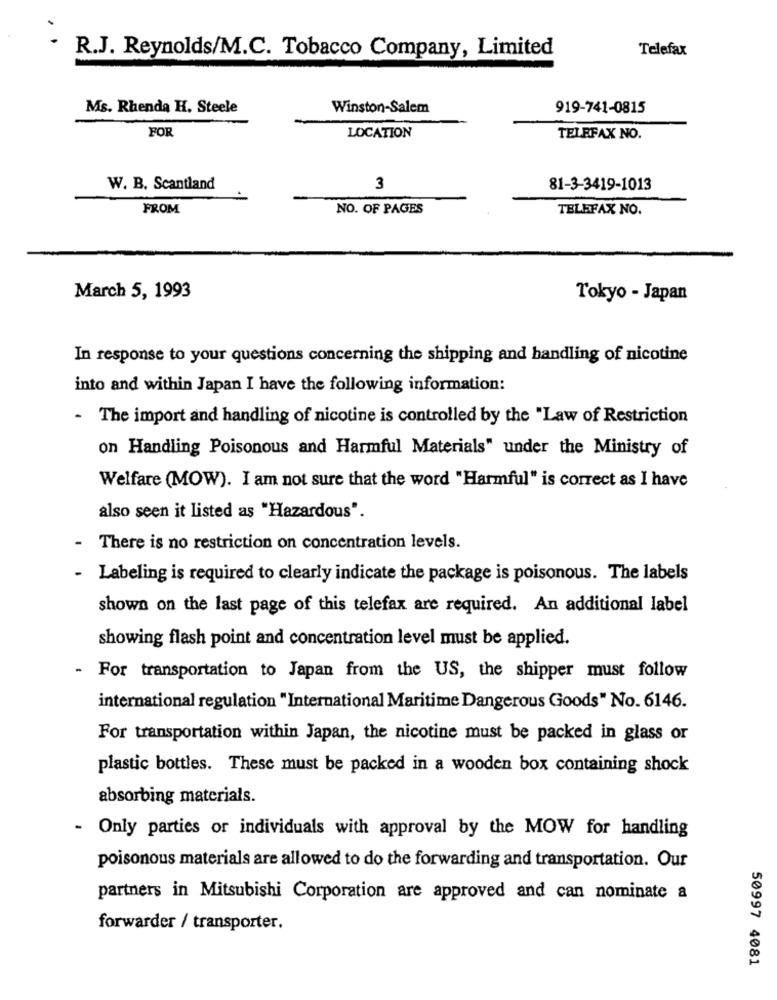
Telefax
R.J. Reynolds/M.C. Tobacco Company, Limited
Ms. Rhenda H. Steele
Winston-Salem
919-741-0815
FOR
LOCATION
TELEFAX NO.
W. B. Scantland
3
81-3-3419-1013
FROM
NO. OF PAGES
TELEFAX NO.
March 5, 1993
Tokyo - Japan
In response to your questions concerning the shipping and handling of nicotine
into and within Japan I have the following information:
- The import and handling of nicotine is controlled by the "Law of Restriction
on Handling Poisonous and Harmful Materials" under the Ministry of
Welfare (MOW). I am not sure that the word "Harmful" is correct as I have
also seen it listed as "Hazardous".
There is no restriction on concentration levels.
Labeling is required to clearly indicate the package is poisonous. The labels
shown on the last page of this telefax are required. An additional label
showing flash point and concentration level must be applied.
- For transportation to Japan from the US, the shipper must follow
international regulation "International Maritime Dangerous Goods" No. 6146.
For transportation within Japan, the nicotine must be packed in glass or
plastic bottles. These must be packed in a wooden box containing shock
absorbing materials.
- Only parties or individuals with approval by the MOW for handling
poisonous materials are allowed to do the forwarding and transportation. Our
partners in Mitsubishi Corporation are approved and can nominate a
forwarder / transporter.
50997 4081